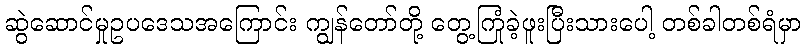
ဆွဲဆောင်မှုဥပဒေသအကြောင်း ကျွန်တော်တို့ တွေ့ကြုံခဲ့ဖူးပြီးသားပေါ့ တစ်ခါတစ်ရံမှာ